Report on the nature of kala-azar
Disease focus: Kala-Azar
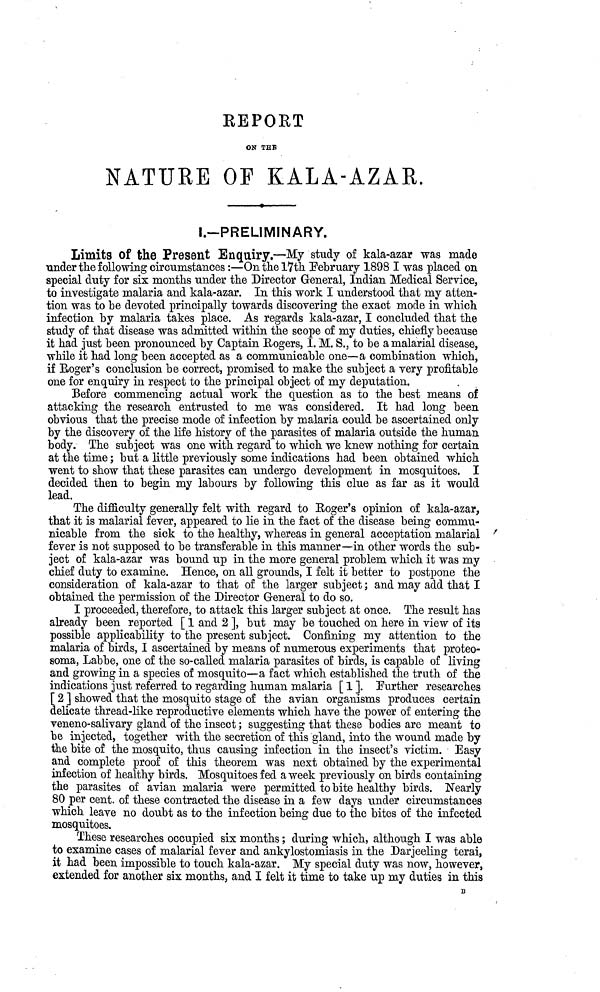
REPORT
ON THE
NATURE OF KALA-AZAR.
I.-PRELIMINARY.
Limits of the Present Enquiry.—My study of kala-azar was made
under the following circumstances :—On the 17th February 1898 I was placed on
special duty for six months under the Director General, Indian Medical Service,
to investigate malaria and kala-azar. In this work I understood that my atten-
tion was to be devoted principally towards discovering the exact mode in which
infection by malaria takes place. As regards kala-azar, I concluded that the
study of that disease was admitted within the scope of my duties, chiefly because
it had just been pronounced by Captain Rogers, I. M. S., to be a malarial disease,
while it had long been accepted as a communicable one—a combination which,
if Roger's conclusion be correct, promised to make the subject a very profitable
one for enquiry in respect to the principal object of my deputation.
Before commencing actual work the question as to the best means of
attacking the research entrusted to me was considered. It had long been
obvious that the precise mode of infection by malaria could be ascertained only
by the discovery of the life history of the parasites of malaria outside the human
body. The subject was one with regard to which we knew nothing for certain
at the time ; but a little previously some indications had been obtained which
went to show that these parasites can undergo development in mosquitoes. I
decided then to begin my labours by following this clue as far as it would
lead.
The difficulty generally felt with regard to Roger's opinion of kala-azar,
that it is malarial fever, appeared to lie in the fact of the disease being commu-
nicable from the sick to the healthy, whereas in general acceptation, malarial
fever is not supposed to be transferable in this manner—in other words the sub-
ject of kala-azar was bound up in the more general problem which it was my
chief duty to examine. Hence, on all grounds, I felt it better to postpone the
consideration of kala-azar to that of the larger subject ; and may add that I
obtained the permission of the Director General to do so.
I proceeded, therefore, to attack this larger subject at once. The result has
already been reported [ 1 and 2 ], but may be touched on here in view of its
possible applicability to the present subject. Confining my attention to the
malaria of birds, I ascertained by means of numerous experiments that proteo-
soma, Labbe, one of the so-called malaria parasites of birds, is capable of living
and growing in a species of mosquito—a fact which established the truth of the
indications just referred to regarding human malaria [ 1 ]. [Further researches
[ 2 ] showed that the mosquito stage of the avian organisms produces certain
delicate thread-like reproductive elements which have the power of entering the
veneno-salivary gland of the insect ; suggesting that these bodies are meant to
be injected, together with the secretion of this gland, into the wound made by
the bite of the mosquito, thus causing infection in the insect's victim. Easy
and complete proof of this theorem was next obtained by the experimental
infection of healthy birds. Mosquitoes fed a week previously on birds containing
the parasites of avian malaria were permitted to bite healthy birds. Nearly
80 per cent. of these contracted the disease in a few days under circumstances
which leave no doubt as to the infection being due to the bites of the infected
mosquitoes.
These researches occupied six months ; during which, although I was able
to examine cases of malarial fever and ankylostomiasis in the Darjeeling terai,
it had been impossible to touch kala-azar. My special duty was now, however,
extended for another six months, and I felt it time to take up my duties in this
B